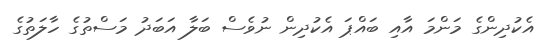
އެކުދިންގެ މަންމަ އާއި ބައްޕަ އެކުދިން ނުވެސް ބަލާ އަބަދު މަސްތުގެ ހާލަތުގެ